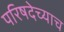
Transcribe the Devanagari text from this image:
परिषदेच्याच